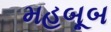
મહબૂબ